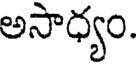
అసాధ్యం.